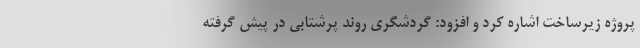
پروژه زیرساخت اشاره کرد و افزود: گردشگری روند پرشتابی در پیش گرفته